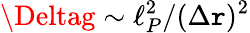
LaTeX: \Deltag\sim\ell_{P}^{2}/(\Delta\mathtt{r})^{2}